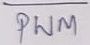
Text: PWM